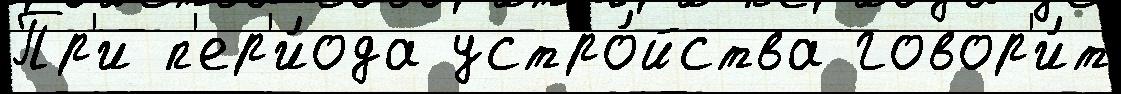
Пр'и п'ер'и́ода устро́йства говор'и́т